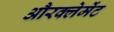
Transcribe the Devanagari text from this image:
औरक्लेमेंट